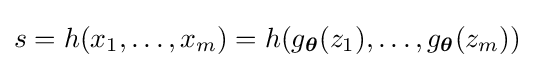
s=h(x_{1},\ldots ,x_{m})=h(g_{\boldsymbol {\theta }}(z_{1}),\ldots ,g_{\boldsymbol {\theta }}(z_{m}))